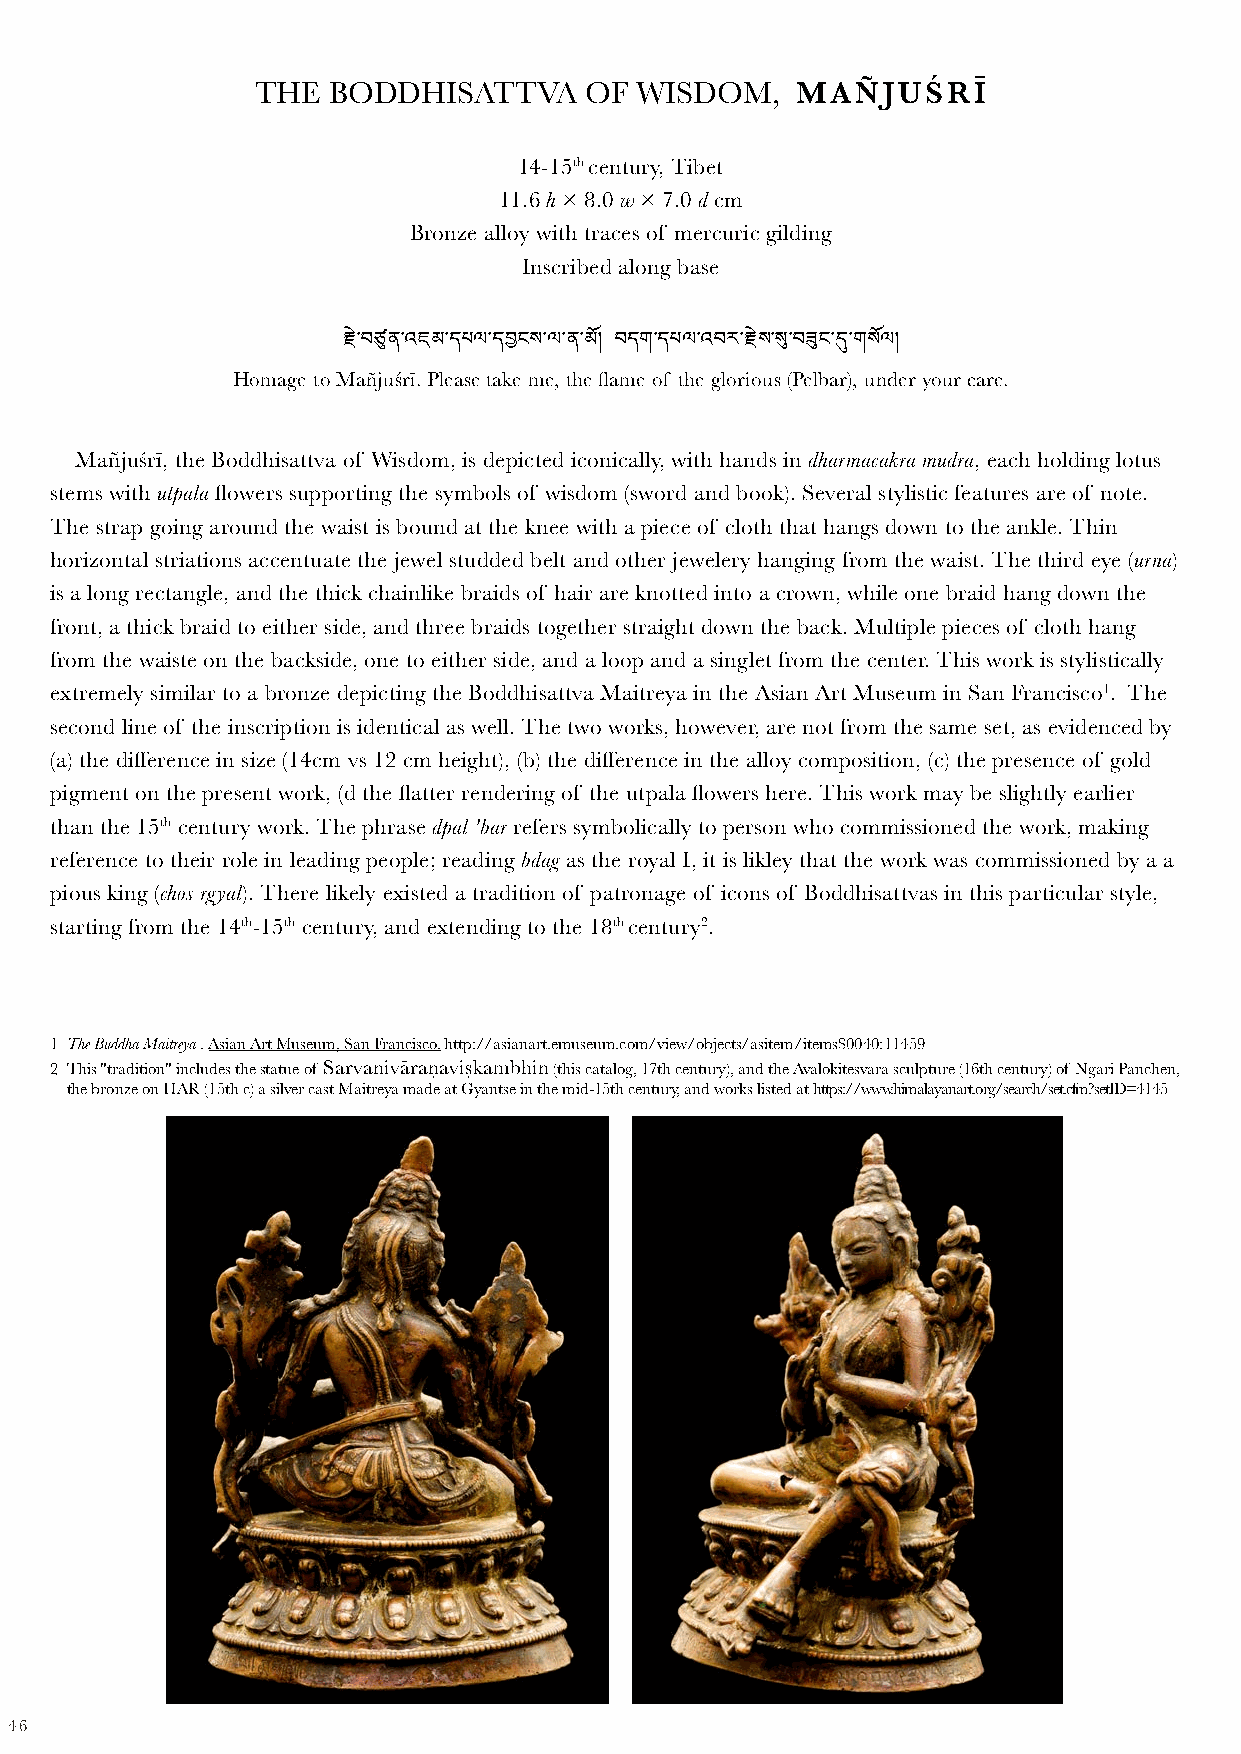
THE  BODDHISATTVA     OF WISDOM,    MAÑJUŚRĪ
 14-15th century, Tibet
 11.6 h × 8.0 w × 7.0 d cm
 Bronze alloy with traces of mercuric gilding
 Inscribed along base
 Homage to Mརྱེa་བñཙུjuནś་rའī.ཇ Pམle་དaཔseལ t་aདkབྱeང mས་eལ, ་tནh་eམ ོ།fl aབmདeག o་དfཔ tལhe་འ gབloརr་རioྱེསu་sསུ (་Pབeཟུlbངa་དུr)་,ག uསnོལd།er your care.
 Mañjuśrī, the Boddhisattva of Wisdom, is depicted iconically, with hands in dharmacakra mudra, each holding lotus
 stems with utpala flowers supporting the symbols of wisdom (sword and book). Several stylistic features are of note.
 The strap going around the waist is bound at the knee with a piece of cloth that hangs down to the ankle. Thin
 horizontal striations accentuate the jewel studded belt and other jewelery hanging from the waist. The third eye (urna)
 is a long rectangle, and the thick chainlike braids of hair are knotted into a crown, while one braid hang down the
 front, a thick braid to either side, and three braids together straight down the back. Multiple pieces of cloth hang
 from the waiste on the backside, one to either side, and a loop and a singlet from the center. This work is stylistically
 extremely similar to a bronze depicting the Boddhisattva Maitreya in the Asian Art Museum in San Francisco1. The
 second line of the inscription is identical as well. The two works, however, are not from the same set, as evidenced by
 (a) the difference in size (14cm vs 12 cm height), (b) the difference in the alloy composition, (c) the presence of gold
 pigment on the present work, (d the flatter rendering of the utpala flowers here. This work may be slightly earlier
 than the 15th century work. The phrase dpal 'bar refers symbolically to person who commissioned the work, making
 reference to their role in leading people; reading bdag as the royal I, it is likley that the work was commissioned by a a
 pious king (chos rgyal). There likely existed a tradition of patronage of icons of Boddhisattvas in this particular style,
 starting from the 14th-15th century, and extending to the 18th century2.
 1 The Buddha Maitreya . Asian Art Museum, San Francisco. http://asianart.emuseum.com/view/objects/asitem/items$0040:11459
 2 This "tradition" includes the statue of Sarvanivāraṇaviṣkambhin (this catalog, 17th century), and the Avalokitesvara sculpture (16th century) of Ngari Panchen,
 the bronze on HAR (15th c) a silver cast Maitreya made at Gyantse in the mid-15th century, and works listed at https://www.himalayanart.org/search/set.cfm?setID=4145
 46